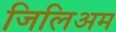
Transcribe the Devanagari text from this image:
जिलिअम